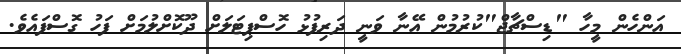
އަންހެން މީހާ "ޑިސްޗާޖް"ކުރުމުން އޭނާ ވަނީ ދަރިފުޅު ހޮސްޕިޓަލަށް ދޫކޮށްލުމަށް ފަހު ގޮސްފައެވެ.